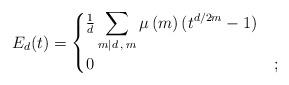
LaTeX: \begin{align*}E_d(t)=\begin{cases}\frac{1}{d}\displaystyle\sum_{\substack{m\mid d\:,\:m}}\mu\left(m\right)(t^{d/2m}-1)&\\0&;\end{cases}\end{align*}